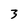
Character: 3